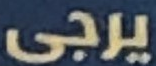
يرجى